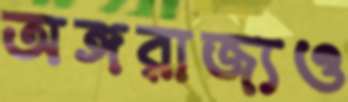
অঙ্গরাজ্যও